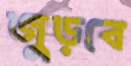
জুড়বে